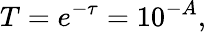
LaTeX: T=e^{-\tau}=10^{-A},